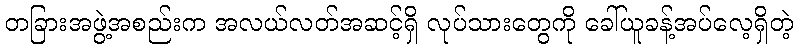
တခြားအဖွဲ့အစည်းက အလယ်လတ်အဆင့်ရှိ လုပ်သားတွေကို ခေါ်ယူခန့်အပ်လေ့ရှိတဲ့